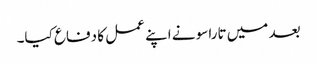
بعد میں تاراسو نے اپنے عمل کا دفاع کیا۔